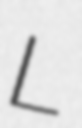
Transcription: L